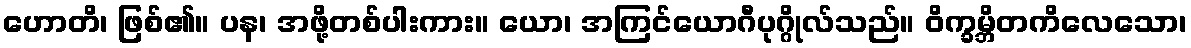
ဟောတိ၊ ဖြစ်၏။ ပန၊ အဖို့တစ်ပါးကား။ ယော၊ အကြင်ယောဂီပုဂ္ဂိုလ်သည်။ ဝိက္ခမ္ဘိတကိလေသော၊